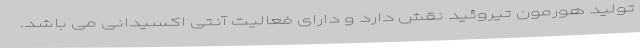
تولید هورمون تیروئید نقش دارد و دارای فعالیت آنتی اکسیدانی می باشد.